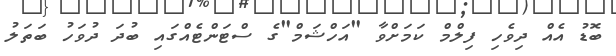
ބޮޑު އެއް ދިވެހި ފިލްމް ކަމަށްވާ "އަހްޝަމް"ގެ ސްޓަންޓެއްގައި ބުދަ ދުވަހު ބަތަލު